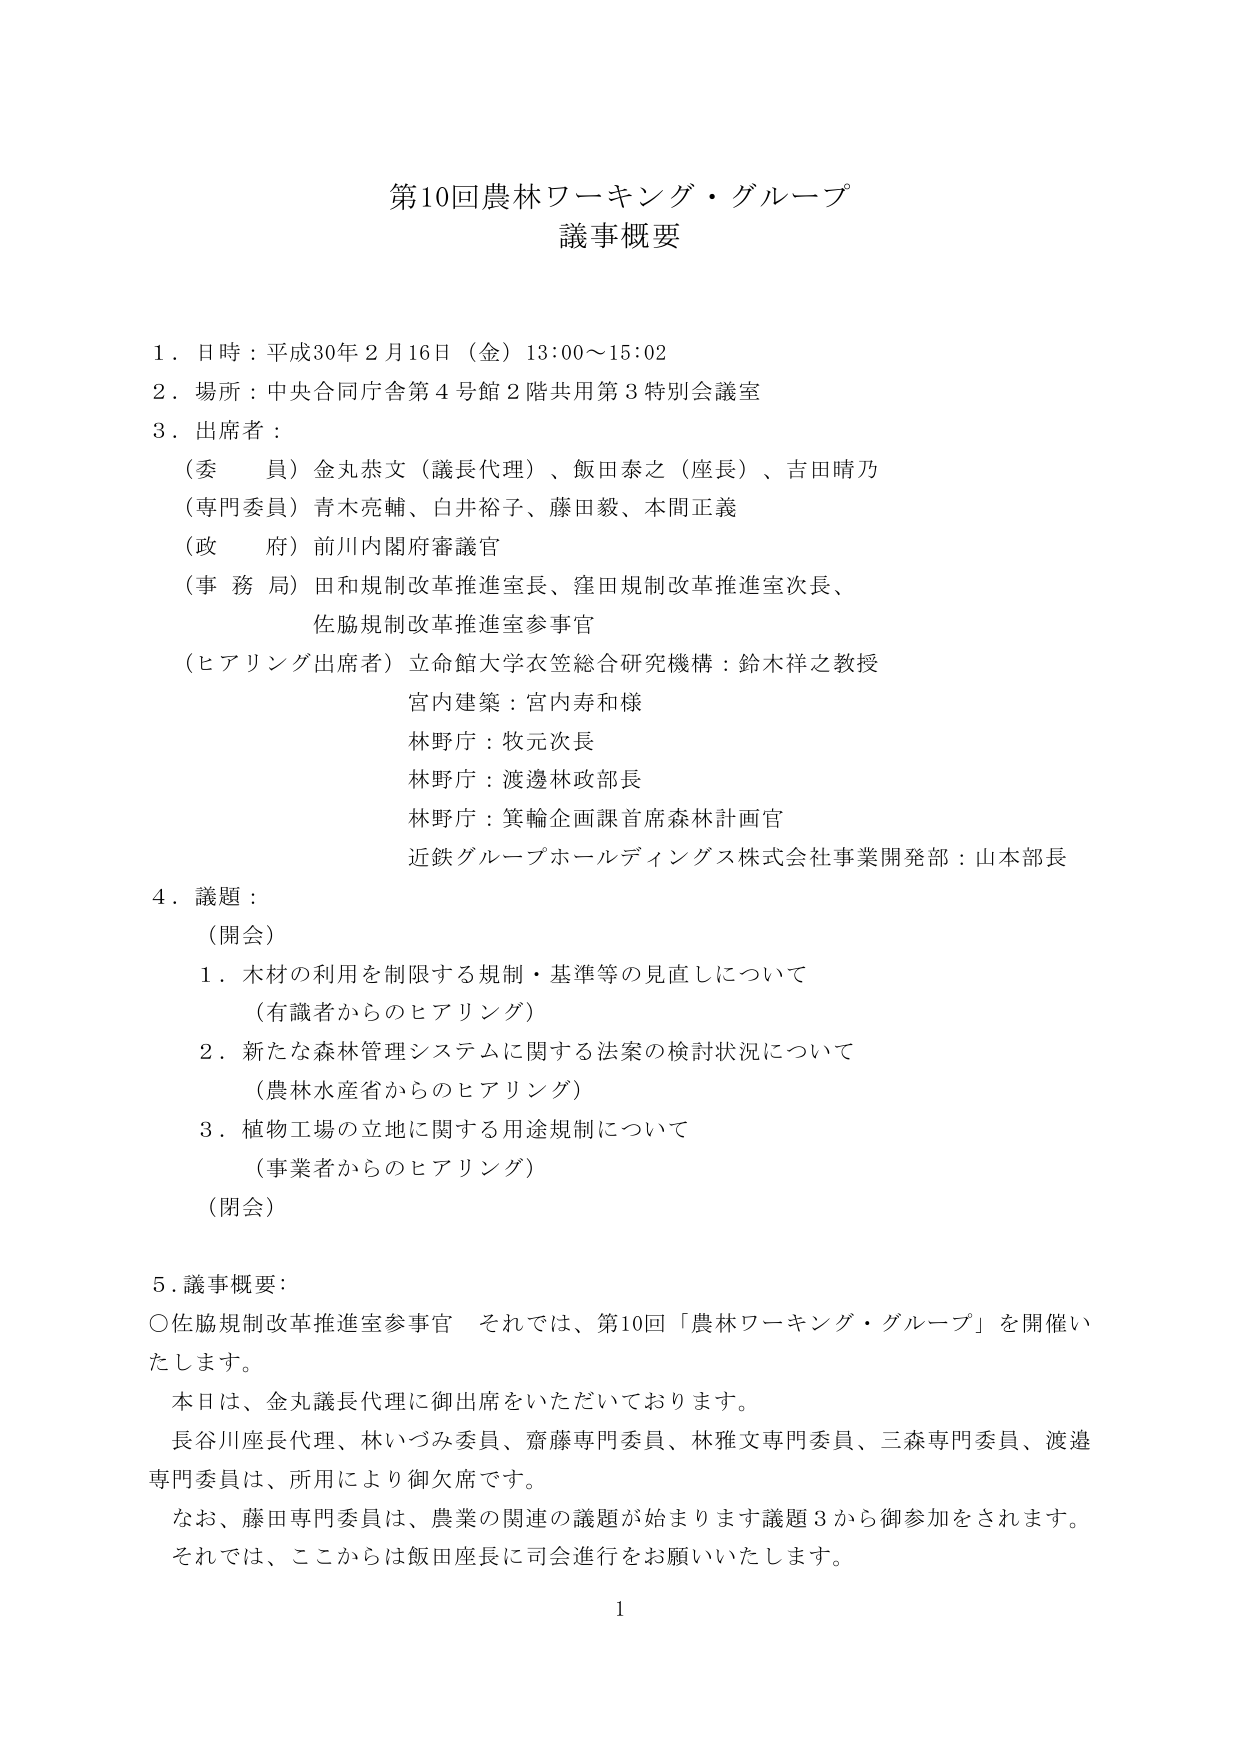
第10回農林ワーキング・グループ
議事概要

１．日時：平成30年２月16日（金）13:00～15:02
２．場所：中央合同庁舎第４号館２階共用第３特別会議室
３．出席者：
　（委　員）金丸恭文（議長代理）、飯田泰之（座長）、吉田晴乃
　（専門委員）青木亮輔、白井裕子、藤田毅、本間正義
　（政　府）前川内閣府審議官
　（事　務　局）田和規制改革推進室長、窪田規制改革推進室次長、
　　　　　　佐脇規制改革推進室参事官
　（ヒアリング出席者）立命館大学衣笠総合研究機構：鈴木祥之教授
　　　　　　　　　　宮内建築：宮内寿和様
　　　　　　　　　　林野庁：牧元次長
　　　　　　　　　　林野庁：渡邊林政部長
　　　　　　　　　　林野庁：箕輪企画課首席森林計画官
　　　　　　　　　　近鉄グループホールディングス株式会社事業開発部：山本部長

４．議題：
　（開会）
　　１．木材の利用を制限する規制・基準等の見直しについて
　　　（有識者からのヒアリング）
　　２．新たな森林管理システムに関する法案の検討状況について
　　　（農林水産省からのヒアリング）
　　３．植物工場の立地に関する用途規制について
　　　（事業者からのヒアリング）
　（閉会）

５．議事概要：
　○佐脇規制改革推進室参事官　それでは、第10回「農林ワーキング・グループ」を開催いたします。
　　本日は、金丸議長代理に御出席をいただいております。
　　長谷川座長代理、林いづみ委員、齋藤専門委員、林雅文専門委員、三森専門委員、渡邉専門委員は、所用により御欠席です。
　　なお、藤田専門委員は、農業の関連の議題が始まります議題３から御参加をされます。
　　それでは、ここからは飯田座長に司会進行をお願いいたします。

1